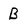
Character: B